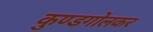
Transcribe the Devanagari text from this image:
कुण्डगोलकर